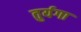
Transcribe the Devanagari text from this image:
तुर्यगा